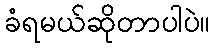
ခံရမယ်ဆိုတာပါပဲ။